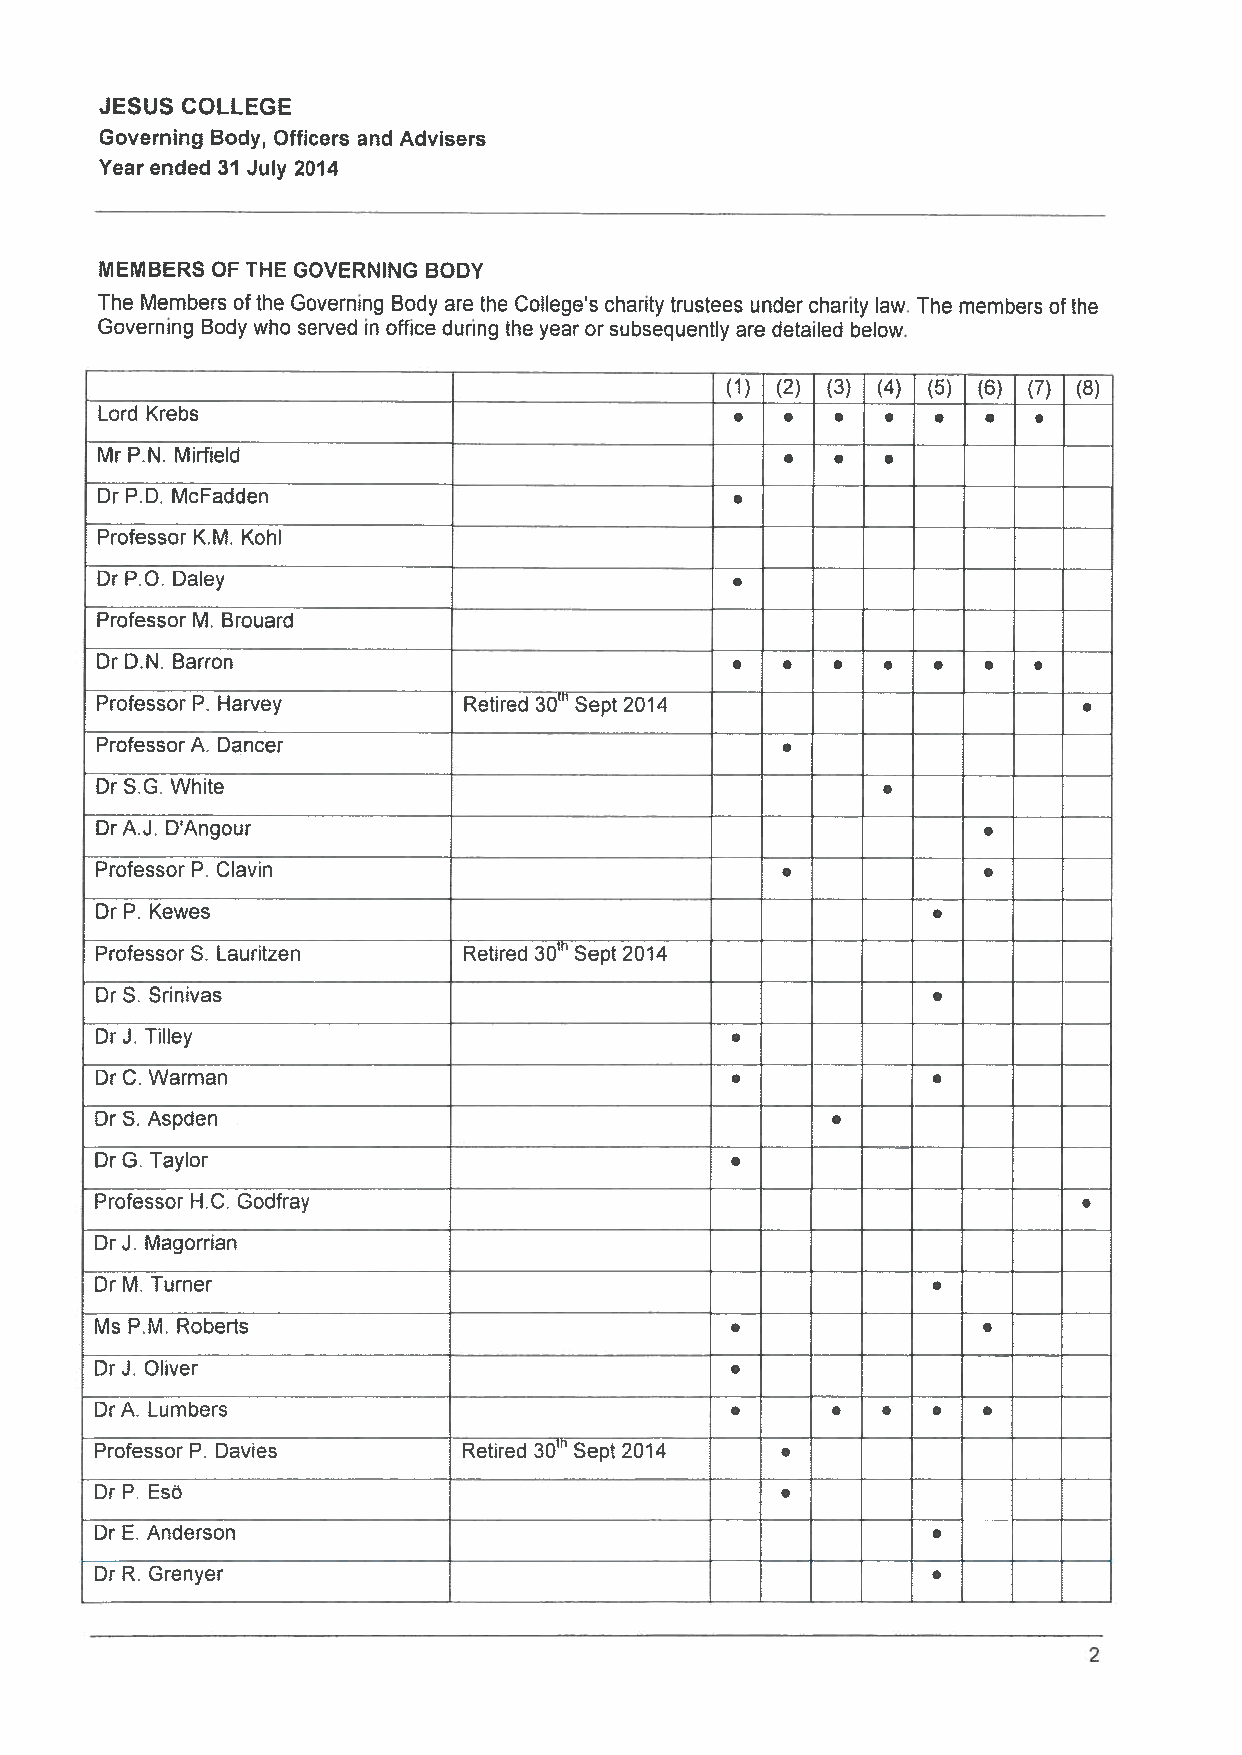
JESUS COLLEGE
 Governing Body, Officers and Advisers
 Year ended 31 July 2014
 MEMBERS OF THE GOVERNING BODY
 The Members ofthe Governing Body are the College’s charity trustees under charity law. The members ofthe
 Governing Body who served in office during the year or subsequently are detailed below.
 (1) (2) (3) (4) (5) (6) (7) (8)
 Lord Krebs                                .  .
 Mr P.N. Mirfield                             .
 DrP.D. McFadden
 Professor K.M. Kohl
 Dr P.O. Daley
 Professor M. Brouard
 DrD.N. Barron                             .   .
 3O
 Professor P. Harvey      Retired Sept 2014
 ProfessorA. Dancer
 Dr S,G. White                                       •
 DrA.J. D’Angour
 Professor P. Clavin
 Dr P. Kewes
 3O
 Professor S. Lauritzen   Retired Sept 2014
 Dr S. Srinivas
 Dr J. Tilley
 DrC.Warman
 Dr S. Aspden
 —
 Dr G. Taylor
 ProfessorH.C. Godfray
 Dr J. Magorrian
 Dr M. Turner
 MsP.M.Roberts
 DrJ. Oliver
 DrA. Lumbers                              .      .  .   •  •
 Professor P. Davies      Retired 3th0 Sept 2014
 DrP.Eso
 —
 Dr E. Anderson
 Dr R. Grenyer
 2